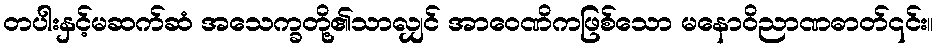
တပါးနှင့်မဆက်ဆံ အသေက္ခတို့၏သာလျှင် အာဝေဏိကဖြစ်သော မနောဝိညာဏဓာတ်၎င်း။